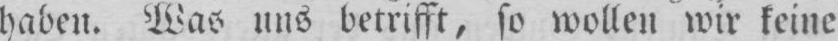
haben. Was uns betrifft, so wollen wir keine